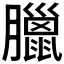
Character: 臘